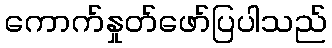
ကောက်နှုတ်ဖော်ပြပါသည်